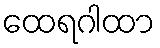
ထေရဂါထာ